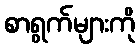
စာရွက်များကို